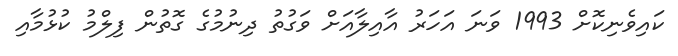
ކައިވެނިކޮށް 1993 ވަނަ އަހަރު އާއިލާއަށް ވަގުތު ދިނުމުގެ ގޮތުން ފިލްމު ކުޅުމާއި